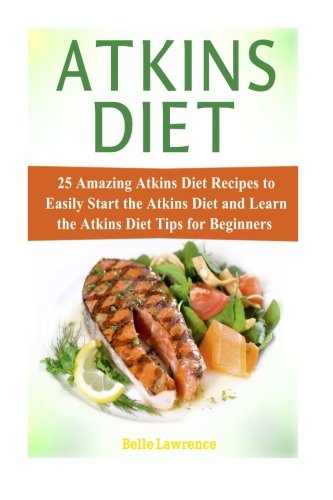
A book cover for Atkins Diet: 25 Amazing Atkins Diet Recipes to Easily Start the Atkins Diet and Learn the Atkins Diet Tips for Beginners (atkins diet, atkins diet book, atkins diet cookbook); Belle Lawrence; Health, Fitness & Dieting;